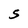
Character: S